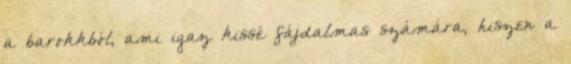
a barokkból, ami igaz kissé fájdalmas számára, hiszen a